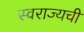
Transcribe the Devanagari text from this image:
स्वराज्यची